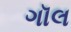
ગૉલ